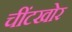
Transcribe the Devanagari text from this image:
चींटखोर